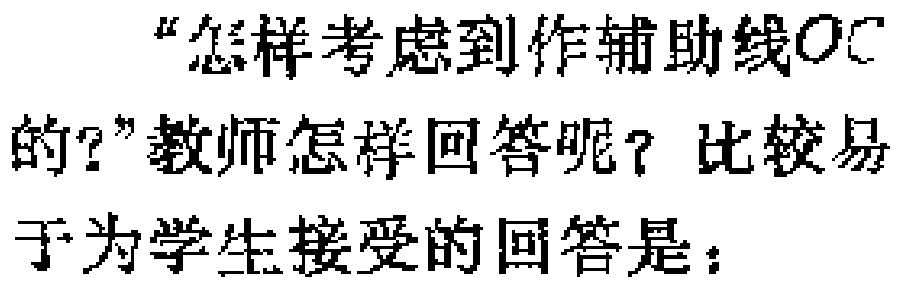
“怎样考虑到作辅助线OC的?”教师怎样回答呢？比较易于为学生接受的回答是：